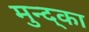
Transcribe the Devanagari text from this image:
मुन्द्का